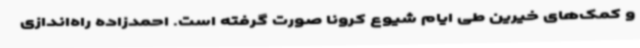
و کمک‌های خیرین طی ایام شیوع کرونا صورت گرفته است. احمدزاده راه‌اندازی